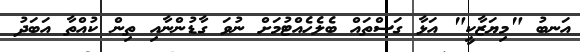
އަނބު "މިޔަޒާކީ" އަޅާ ގަސްތައް ބެލެހެއްޓުމަށް ނުވަ ގާޑުންނާއި ތިން ކުއްތާ އަބަދު